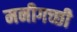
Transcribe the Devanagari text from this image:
मनीगच्छी